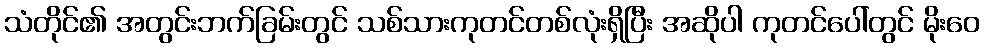
သံတိုင်၏ အတွင်းဘက်ခြမ်းတွင် သစ်သားကုတင်တစ်လုံးရှိပြီး အဆိုပါ ကုတင်ပေါ်တွင် မိုးဝေ